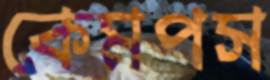
কেমপস